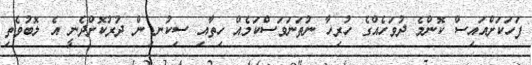
ފަހަކަށްއައިސް ކޮންމެ ދުވަހެއްގެ ހުރިހާ ނުތަނަވަސްކަމެއް ހިތާއި ސިކުނޑިން ދުރުކޮށްދެނީ އެ ލޮބުވެތި